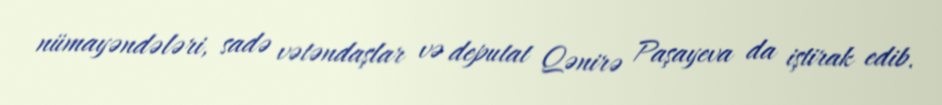
nümayəndələri, sadə vətəndaşlar və deputat Qənirə Paşayeva da iştirak edib.